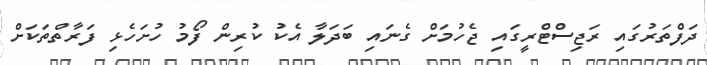
ދަފްތަރުގައި ރަޖިސްޓްރީގައި ޖެހުމަށް ގެނައި ބަދަލާ އެކު ކުރިން ފޯމު ހުށަހެޅި ފަރާތްތަކަށް